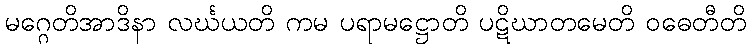
မဂ္ဂေတိအာဒိနာ လင်္ဃယတိ ကမ ပရာမဋ္ဌောတိ ပဋိဃာတမေတိ ဝဓေတီတိ